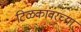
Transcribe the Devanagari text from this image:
टिळकांवरच्या